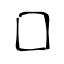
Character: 囗